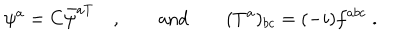
\psi ^ { a } = C \bar { \psi } ^ { a T } \quad , \qquad \mathrm { a n d } \qquad ( T ^ { a } ) _ { b c } = ( - i ) f ^ { a b c } \; .